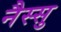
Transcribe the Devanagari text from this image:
नैस्सु